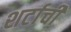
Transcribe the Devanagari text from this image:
शर्टाची